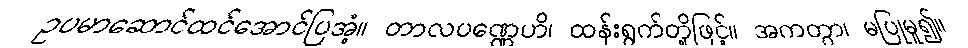
ဥပမာဆောင်ထင်အောင်ပြအံ့။ တာလပဏ္ဏေဟိ၊ ထန်းရွက်တို့ဖြင့်။ အကတွာ၊ မပြုမူ၍။